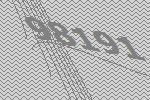
98191